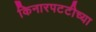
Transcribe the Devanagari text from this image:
किनारपटटीच्या